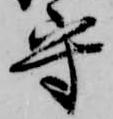
守